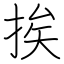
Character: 挨